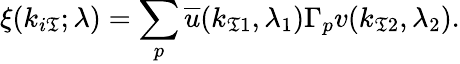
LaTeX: \xi(k_{i\mathfrak{T}};\lambda)=\sum_{p}{\overline{{{u}}}}(k_{\mathfrak{T}1},\lambda_{1})\Gamma_{p}v(k_{\mathfrak{T}2},\lambda_{2}).